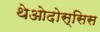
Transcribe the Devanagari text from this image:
थेओदोस्सिस